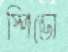
স্পিডো